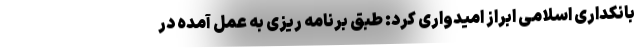
بانکداری اسلامی ابراز امیدواری کرد: طبق برنامه ریزی به عمل آمده در